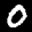
Label: 0